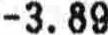
-3.89